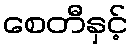
စေတီနှင့်